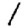
Digit: 1